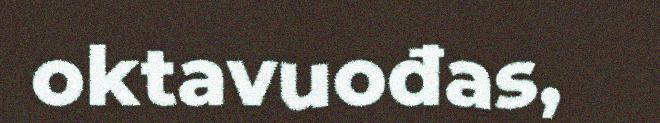
oktavuođas,